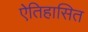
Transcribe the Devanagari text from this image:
ऐतिहासित